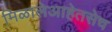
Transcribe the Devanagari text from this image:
मिळालेआहेतसेच